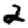
Digit: 2